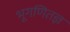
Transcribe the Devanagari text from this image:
भूगणितज्ञ